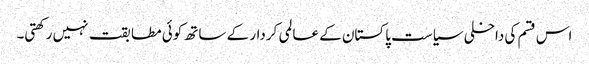
اس قسم کی داخلی سیاست پاکستان کے عالمی کردار کے ساتھ کوئی مطابقت نہیں رکھتی۔